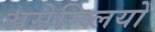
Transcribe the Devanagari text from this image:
असेम्ब्लियों